Vaccination Hyderabad 1872-1889 - 1872-1889
Year: 1872
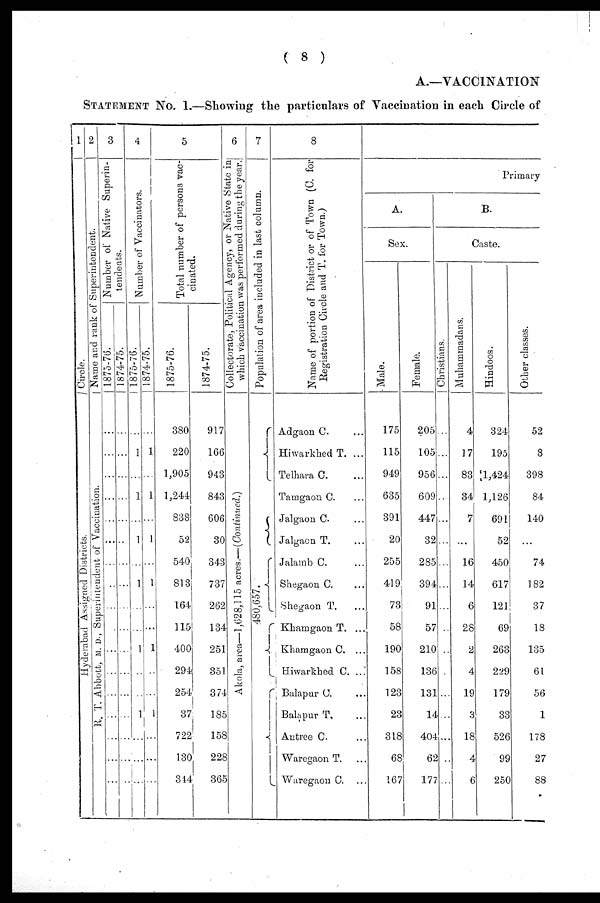
( 8 )
A.—VACCINATION
STATEMENT No. I.—Showing the particulars of Vaccination in each Circle of
1
Circle.
Hyderabad Assigned Districts.
2
Name and rank of Superintendent.
R. T. Abbott, M. D., Superintendent of Vaccination.
3
Number of Native Superin-
tendents.
1875-76.
...
...
...
...
...
...
...
...
...
...
...
...
...
...
...
...
...
1874-75.
...
...
...
...
...
...
...
...
...
...
...
...
...
...
...
...
...
4
Number of Vaccinators.
1875-76.
...
1
...
1
...
1
...
1
...
...
1
...
...
1
...
...
...
1874-75.
...
1
...
1
...
1
...
1
...
...
1
...
...
1
...
...
...
5
Total number of persons vac-
cinated.
1875-76.
380
220
1,905
1,244
838
52
540
813
164
115
400
294
254
37
722
130
344
1874-75.
917
166
943
843
606
30
343
737
262
134
251
351
374
185
158
228
365
6
Collectorate, Political Agency or Native
State in
which vaccination was performed during the year.
Akola, area—1,628,115 acres.—(Continued.)
7
Population of area included in last column.
480,657.
8
Name of portion of District or of Town (C. for
Registration Circle and T. for Town.)
Adgaon C. ...
Hiwarkhed T. ...
Telhara C. ...
Tamgaon C. ...
Jalgaon C. ...
Jalgaon T. ...
Jalamb C. ...
Shegaon C. ...
Shegaon T. ...
Khamgaon T. ...
Khamgaon C. ...
Hiwarkhed C. ...
Balapur C. ...
Balapur T. ...
Antree C. ...
Waregaon T. ...
Waregaon C. ...
Primary
A.
Sex.
Male.
175
115
949
635
391
20
255
419
73
58
190
158
123
23
318
68
167
Female.
205
105
956
609
447
32
285
394
91
57
210
136
131
14
404
62
177
B.
Caste.
Chritians.
...
...
...
...
...
...
...
...
...
...
...
...
...
...
...
...
...
Muhammadans.
4
17
83
34
7
...
16
14
6
28
2
4
19
3
18
4
6
Hindoos.
324
195
1,424
1,126
691
52
450
617
121
69
263
229
179
33
526
99
250
Other classes.
52
8
398
84
140
...
74
182
37
18
135
61
56
1
178
27
88